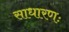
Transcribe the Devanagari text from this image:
साधारणः